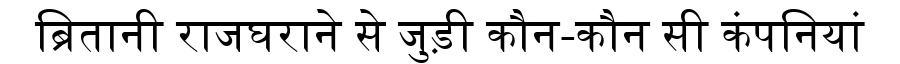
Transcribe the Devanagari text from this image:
ब्रितानी राजघराने से जुड़ी कौन-कौन सी कंपनियां